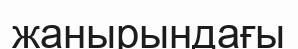
жанырындағы